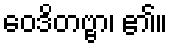
ဝေဒိတဗ္ဗာ၊ ၏။